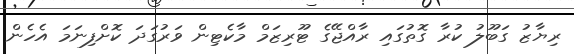
ރިޔާޒު ގަބޫލު ކުރާ ގޮތުގައި ރާއްޖޭގެ ޓޫރިޒަމް މާކެޓިން ވަރުގަދަ ކޮށްފިނަމަ އެހެން